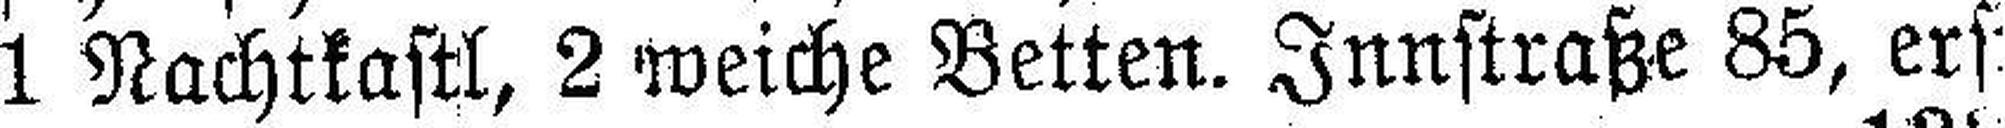
1 Nachtkastl, 2 weiche Betten. Innstraße 85, erst